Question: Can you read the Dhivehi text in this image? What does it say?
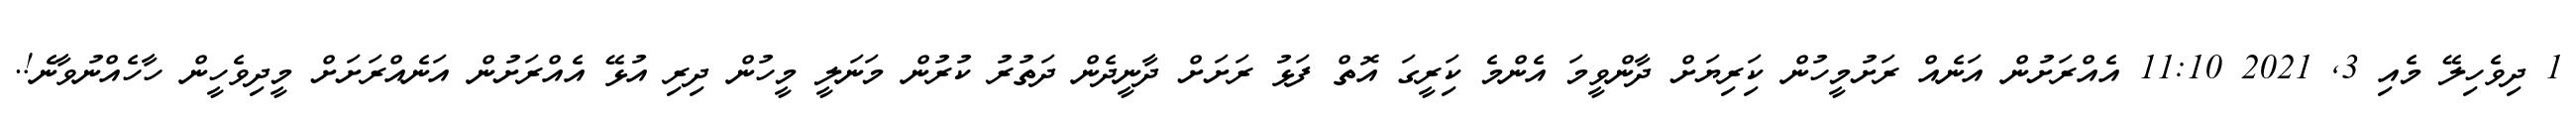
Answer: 1 ދިވެހިލޭ މެއި 3, 2021 11:10 އެއްރަށުން އަނެއް ރަށުމީހުން ކަިރިޔަށް ދާންވީމަ އެންމެ ކަިރީގަ އޮތް ފަޅު ރަށަށް ދާނީދެން ދަތުރު ކުރުން މަނަލީ މީހުން ދިރި އުޅޭ އެއްރަށުން އަނެއްރަށަށް މީދިވެހީން ހާހެއްނުވާނެ!.